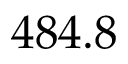
4 8 4 . 8